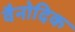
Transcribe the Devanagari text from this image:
वैनोदिक